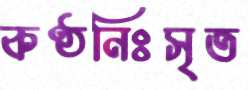
কণ্ঠনিঃসৃত